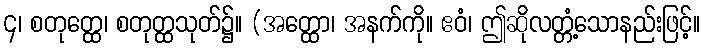
၄၊ စတုတ္ထေ၊ စတုတ္ထသုတ်၌။ (အတ္ထော၊ အနက်ကို။ ဧဝံ၊ ဤဆိုလတ္တံ့သောနည်းဖြင့်။